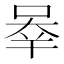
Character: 𰇶